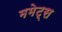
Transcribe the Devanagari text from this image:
ममेट्स